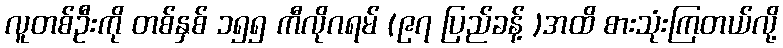
လူတစ်ဦးကို တစ်နှစ် ၁၅၅ ကီလိုဂရမ် (၉၇ ပြည်ခန့် )အထိ စားသုံးကြတယ်လို့